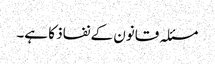
مسئلہ قانون کے نفاذ کا ہے۔